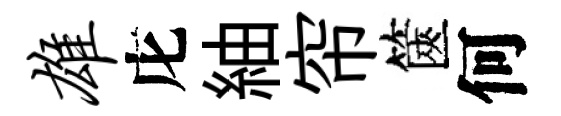
雄庀紬帘篋何